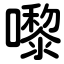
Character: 嚟